Vaccination in Bombay 1863-1868 - 1863-1868
Year: 1863
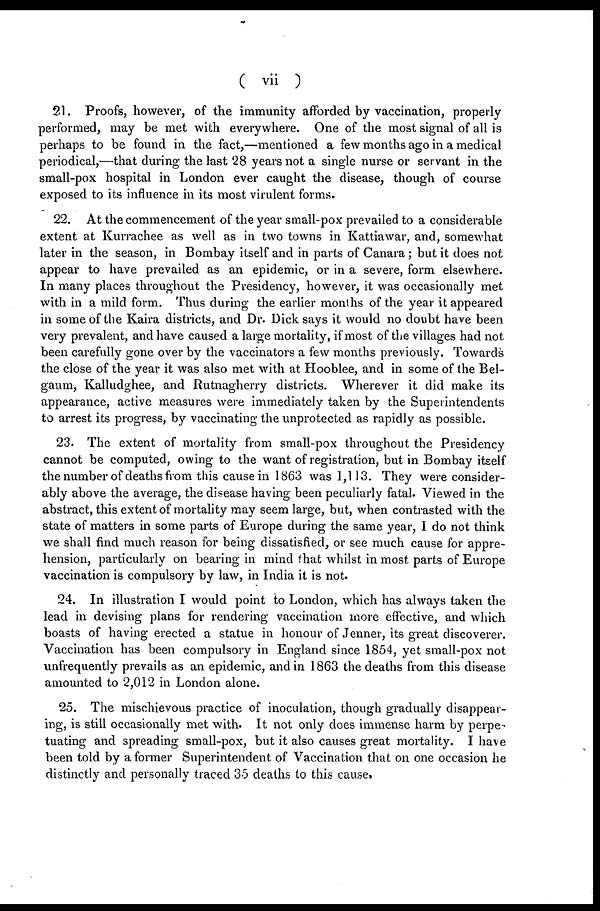
( vii )
21. Proofs, however, of the immunity afforded by vaccination, properly
performed, may be met with everywhere. One of the most signal of all is
perhaps to be found in the fact,—mentioned a few months ago in a medical
periodical,—that during the last 28 years not a single nurse or servant in the
small-pox hospital in London ever caught the disease, though of course
exposed to its influence in its most virulent forms.
22. At the commencement of the year small-pox prevailed to a considerable
extent at Kurrachee as well as in two towns in Kattiawar, and, somewhat
later in the season, in Bombay itself and in parts of Canara; but it does not
appear to have prevailed as an epidemic, or in a severe, form elsewhere.
In many places throughout the Presidency, however, it was occasionally met
with in a mild form. Thus during the earlier months of the year it appeared
in some of the Kaira districts, and Dr. Dick says it would no doubt have been
very prevalent, and have caused a large mortality, if most of the villages had not
been carefully gone over by the vaccinators a few months previously. Towards
the close of the year it was also met with at Hooblee, and in some of the Bel-
gaum, Kalludghee, and Rutnagherry districts. Wherever it did make its
appearance, active measures were immediately taken by the Superintendents
to arrest its progress, by vaccinating the unprotected as rapidly as possible.
23. The extent of mortality from small-pox throughout the Presidency
cannot be computed, owing to the want of registration, but in Bombay itself
the number of deaths from this cause in 1863 was 1,113. They were consider-
ably above the average, the disease having been peculiarly fatal. Viewed in the
abstract, this extent of mortality may seem large, but, when contrasted with the
state of matters in some parts of Europe during the same year, I do not think
we shall find much reason for being dissatisfied, or see much cause for appre-
hension, particularly on bearing in mind that whilst in most parts of Europe
vaccination is compulsory by law, in India it is not.
24. In illustration I would point to London, which has always taken the
lead in devising plans for rendering vaccination more effective, and which
boasts of having erected a statue in honour of Jenner, its great discoverer.
Vaccination has been compulsory in England since 1854, yet small-pox not
unfrequently prevails as an epidemic, and in 1863 the deaths from this disease
amounted to 2,012 in London alone.
25. The mischievous practice of inoculation, though gradually disappear-
ing, is still occasionally met with. It not only does immense harm by perpe-
tuating and spreading small-pox, but it also causes great mortality. I have
been told by a former Superintendent of Vaccination that on one occasion he
distinctly and personally traced 35 deaths to this cause.